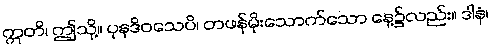
ဣတိ၊ ဤသို့။ ပုနဒိဝသေပိ၊ တဖန်မိုးသောက်သော နေ့၌လည်း။ ဒါနံ၊